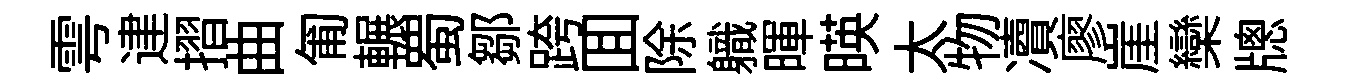
雩䢖摺曲匍輾蜀鄒跨囬除軄暉暎太物凟廖崖欒牕